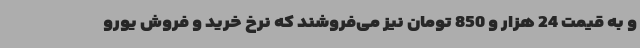
و به قیمت 24 هزار و 850 تومان نیز می‌فروشند که نرخ خرید و فروش یورو